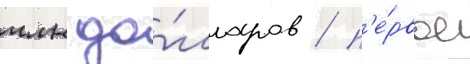
млн до́лларов / п'е́рвое